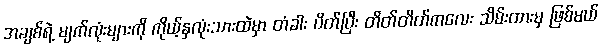
အချစ်ရဲ့ မျက်လုံးများကို ကိုယ့်နှလုံးသားထဲမှာ တံခါး ပိတ်ပြီး တိတ်တိတ်ကလေး သိမ်းထားမှ ဖြစ်မယ်